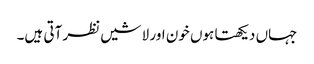
جہاں دیکھتا ہوں خون اور لاشیں نظر آتی ہیں۔